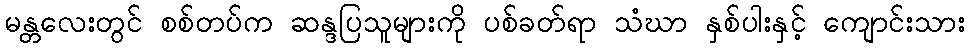
မန္တလေးတွင် စစ်တပ်က ဆန္ဒပြသူများကို ပစ်ခတ်ရာ သံဃာ နှစ်ပါးနှင့် ကျောင်းသား